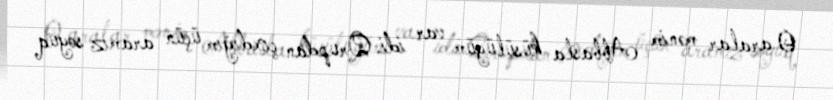
O aralar mənim Abbasla küsülüyüm var idi. Qrupdan çıxdığım üçün aramız soyuq